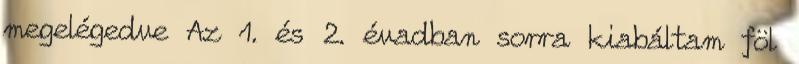
megelégedve Az 1. és 2. évadban sorra kiabáltam föl